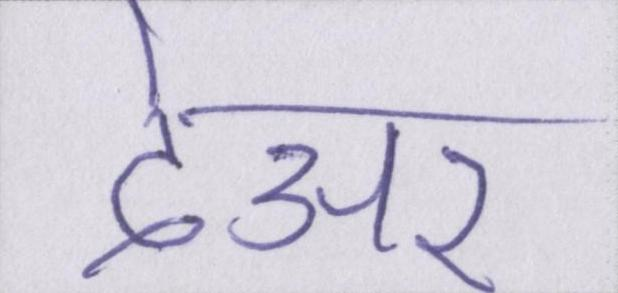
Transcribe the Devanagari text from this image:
देअर